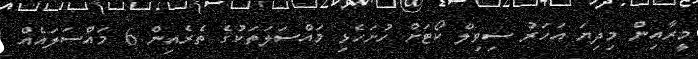
މީރާއިން މިދިޔަ އަހަރު ސިވިލް ކޯޓަށް ހުށަހެޅި މައްސަލަތަކުގެ ތެރެއިން 6 މައްސަލައެއް